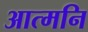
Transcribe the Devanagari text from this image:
आत्मनि